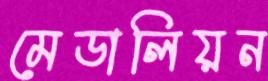
মেডালিয়ন